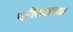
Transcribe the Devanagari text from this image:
परीसराच्या